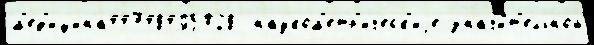
м'ед'ицина44748495028  науком'етр'ическ'иjе значи́т'ельной